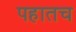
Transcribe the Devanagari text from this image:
पहातच